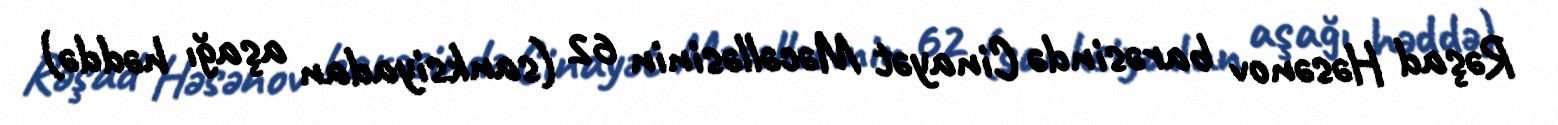
Rəşad Həsənov barəsində Cinayət Məcəlləsinin 62 (sanksiyadan aşağı həddə)